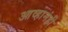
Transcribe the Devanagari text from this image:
आव्हानंही